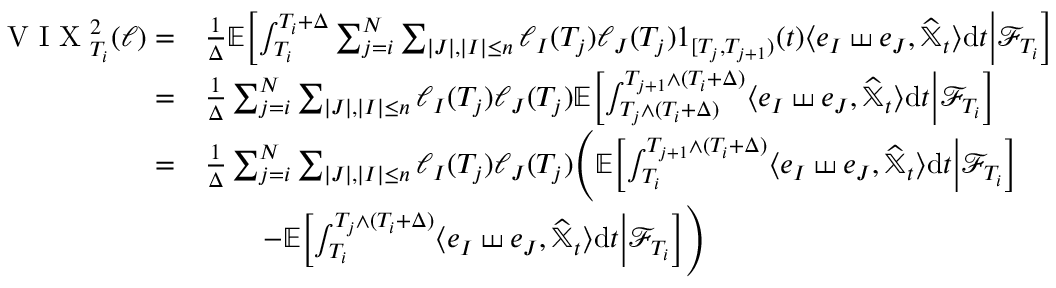
\begin{array} { r l } { { \textrm { V I X } } _ { T _ { i } } ^ { 2 } ( \ell ) = } & { \frac { 1 } { \Delta } \mathbb { E } \biggl [ \int _ { T _ { i } } ^ { T _ { i } + \Delta } \sum _ { j = i } ^ { N } \sum _ { | J | , | I | \le n } \ell _ { I } ( T _ { j } ) \ell _ { J } ( T _ { j } ) 1 _ { [ T _ { j } , T _ { j + 1 } ) } ( t ) \langle e _ { I } \shuffle e _ { J } , \widehat { \mathbb { X } } _ { t } \rangle { \mathrm { d } } t \bigg \lvert \mathcal { F } _ { T _ { i } } \biggr ] } \\ { = } & { \frac { 1 } { \Delta } \sum _ { j = i } ^ { N } \sum _ { | J | , | I | \le n } \ell _ { I } ( T _ { j } ) \ell _ { J } ( T _ { j } ) \mathbb { E } \biggl [ \int _ { T _ { j } \land ( T _ { i } + \Delta ) } ^ { T _ { j + 1 } \land ( T _ { i } + \Delta ) } \langle e _ { I } \shuffle e _ { J } , \widehat { \mathbb { X } } _ { t } \rangle { \mathrm { d } } t \bigg \lvert \mathcal { F } _ { T _ { i } } \biggr ] } \\ { = } & { \frac 1 { \Delta } \sum _ { j = i } ^ { N } \sum _ { | J | , | I | \le n } \ell _ { I } ( T _ { j } ) \ell _ { J } ( T _ { j } ) \Bigg ( \mathbb { E } \biggl [ \int _ { T _ { i } } ^ { T _ { j + 1 } \land ( T _ { i } + \Delta ) } \langle e _ { I } \shuffle e _ { J } , \widehat { \mathbb { X } } _ { t } \rangle { \mathrm { d } } t \bigg \lvert \mathcal { F } _ { T _ { i } } \biggr ] } \\ & { \qquad - \mathbb { E } \biggl [ \int _ { T _ { i } } ^ { T _ { j } \land ( T _ { i } + \Delta ) } \langle e _ { I } \shuffle e _ { J } , \widehat { \mathbb { X } } _ { t } \rangle { \mathrm { d } } t \bigg \lvert \mathcal { F } _ { T _ { i } } \biggr ] \Bigg ) } \end{array}